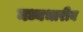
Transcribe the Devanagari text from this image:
मध्यभारीय